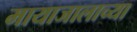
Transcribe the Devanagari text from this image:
मायाजालाच्या